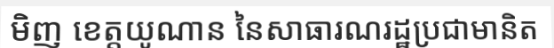
មិញ ខេត្តយូណាន នៃសាធារណរដ្ឋប្រជាមានិត